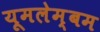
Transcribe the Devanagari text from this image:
यूमलेम्बम